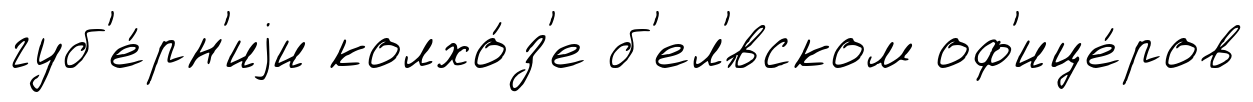
губ'е́рн'иjи колхо́з'е б'ел'́вском оф'ице́ров